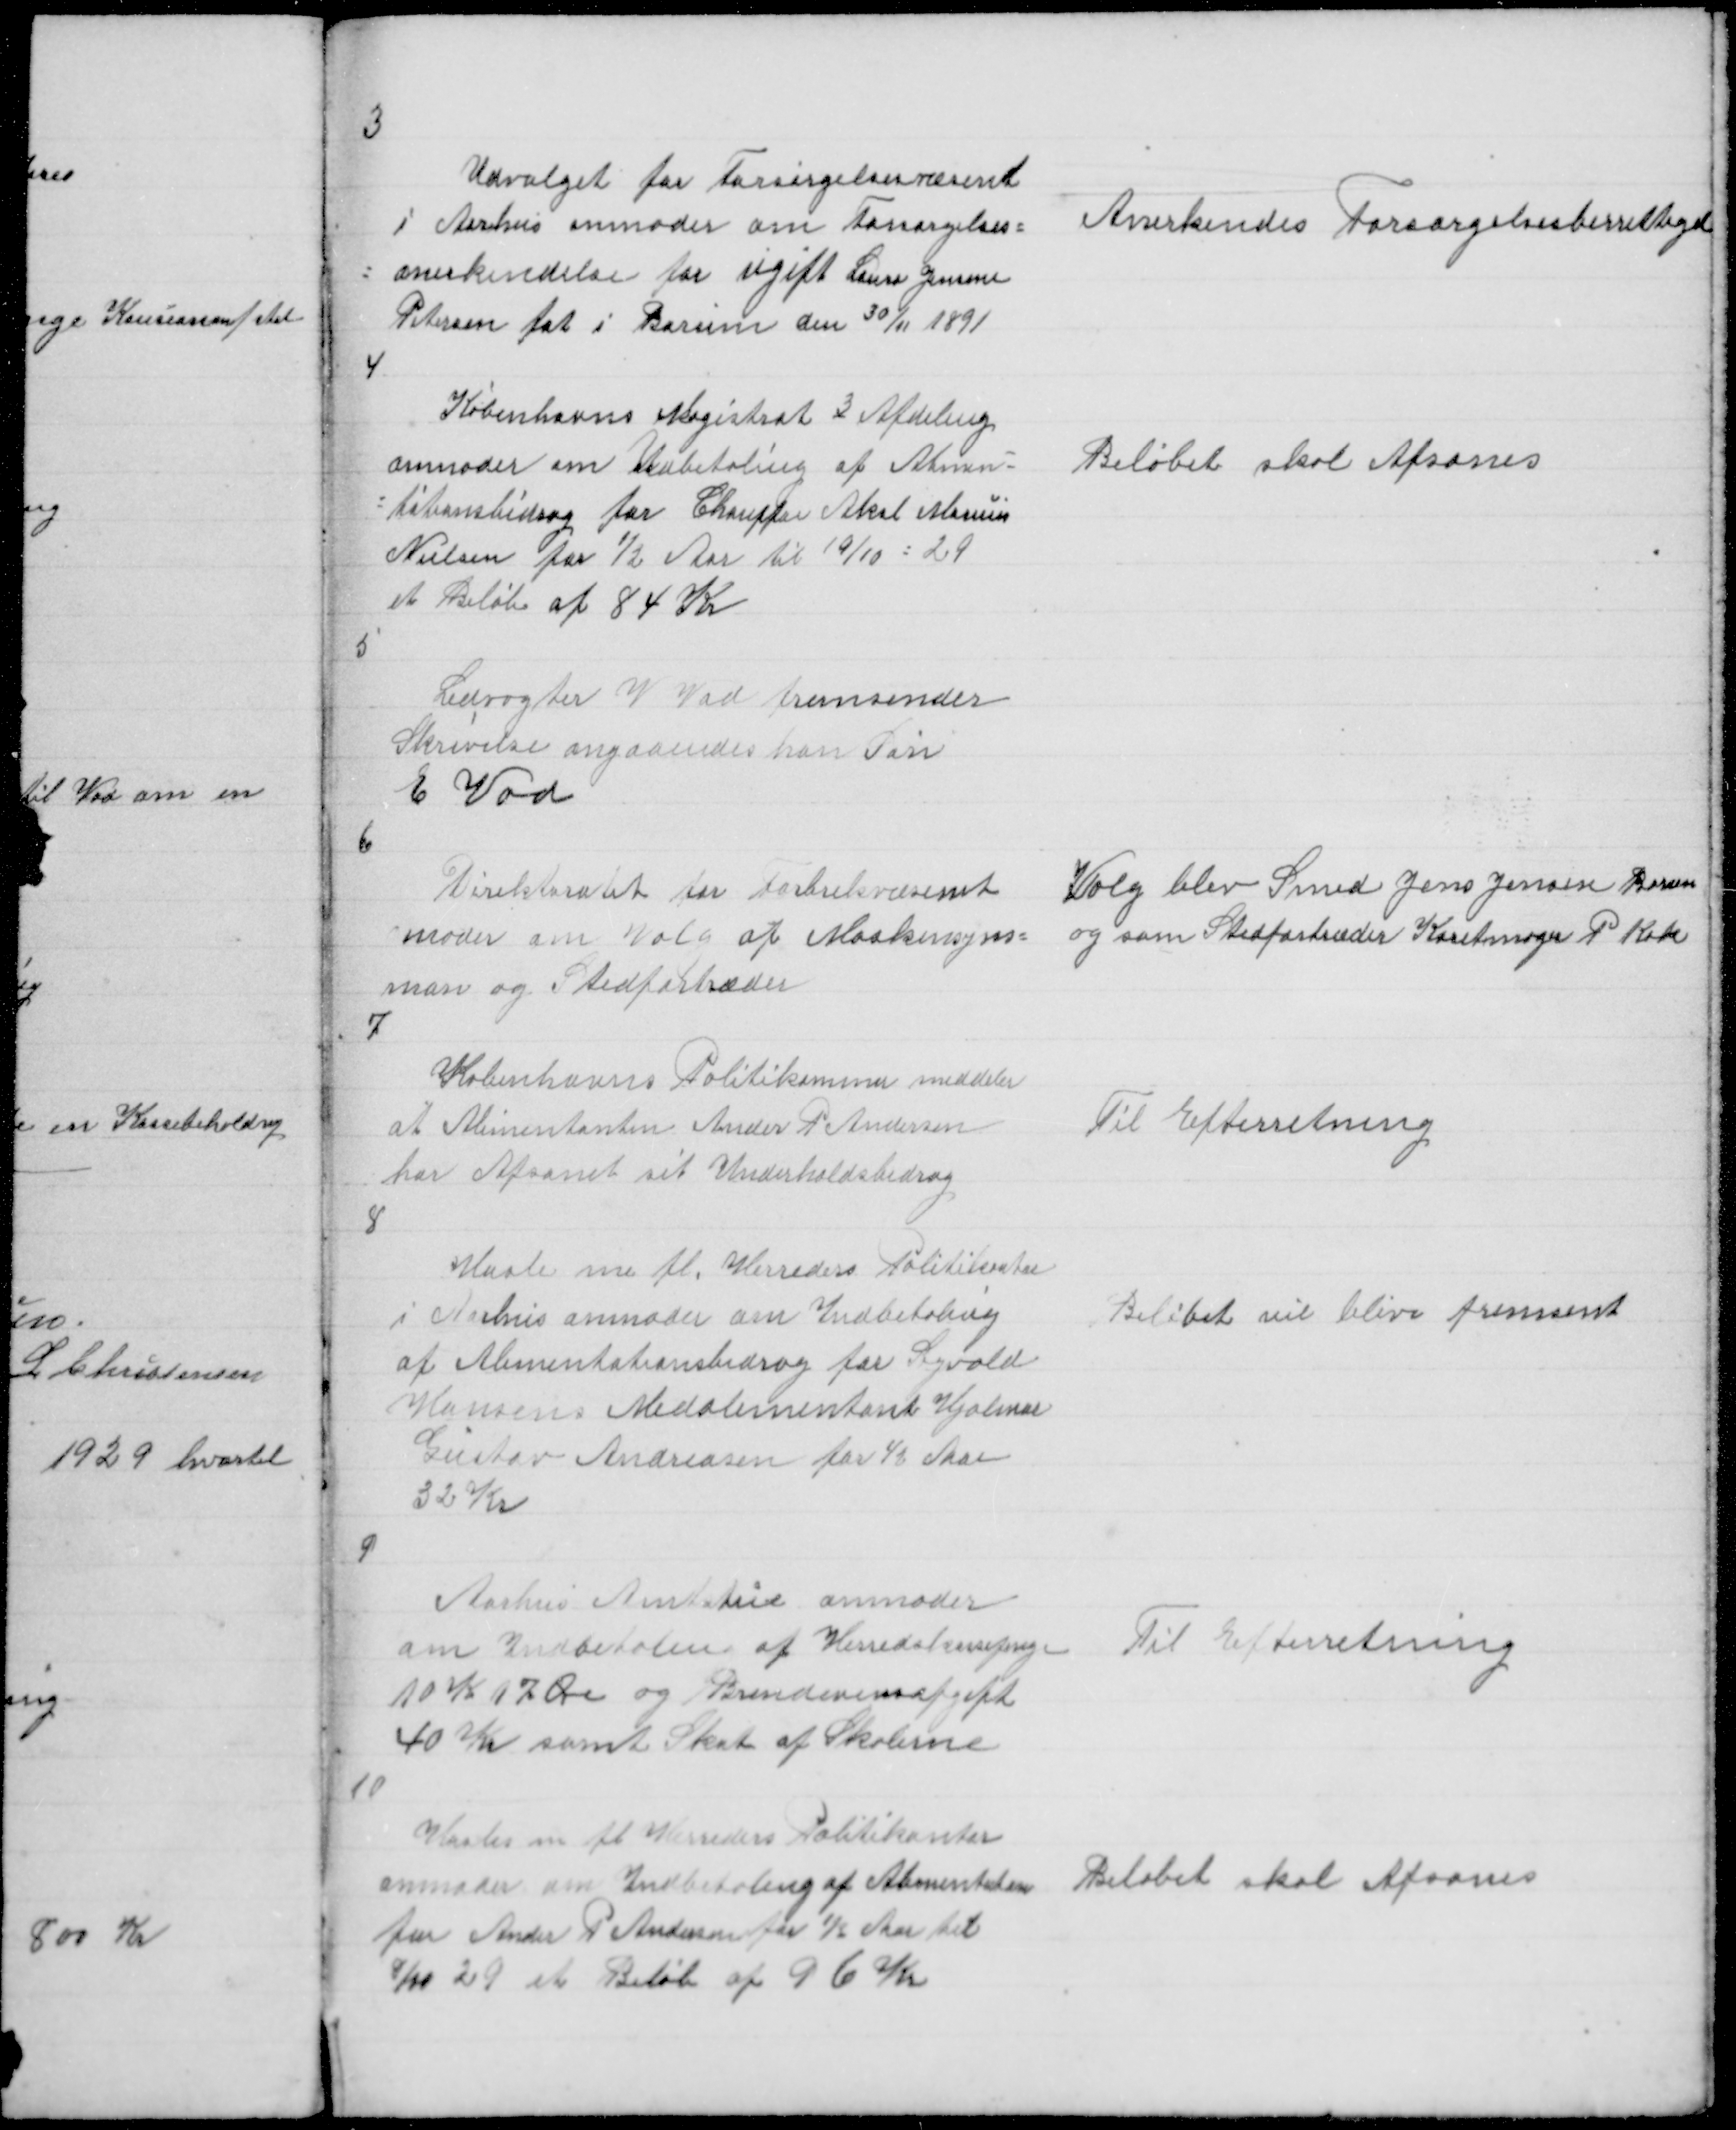
Transskription:
3

Udvalget for Forsørgelsesvæsent
i Aarhus anmoder om Forsørgelses =
= anerkendelse for ugift Laura Jensen
Petersen føt i Borum den 30/11 1891

Anerkendes Forsørgelsesberrettiget

4

Københavns Magistrat 3 Afdeling
anmoder om Udbetaling af Alimen =
= tationsbidrag for Chauffør Aksel Marius
Nielsen for ½ Aar til 19/10 = 29
et Beløb af 84 Kr

Beløber skal Afsones

5

Ledvogter V Vad fremsender
Skrivelse angaaendes han Søn
E Vad

6

Direktoratet for Farbrikvæsenet
moder om Valg af Maskinsyns =
man og Stedfortræder
7

Valg blev Smed Jens Jensen Borum
og som Stedfortræder Kartmager P Kok

Københavns Politikammer meddeler
at Alimentanten Ander P Andersen
har Afsonet sit Underholdsbidrag
8

Til Efterretning

Hasle m fl Herreders Politikontor
i Aarhus anmoder om Indbetaling
af Alimentationsbidrag for Sigvald
Hansens Medalimentant Hjalmar
Gustav Andreasen for 4 Aar
32 Kr

Beløbet vil blive fremsent

9

Aarhus Amtstue anmoder
om Indbetalin af Herredskassepenge
10 K 17 Øre og Brendevinsafgift
40 Kr samt Skat af Skolerne

Til Efterretning

10

Hasles m fl Herreders Politikontor
anmoder om Indbetaling af Alimentation
for Ander P Andersen for ½ Aar til
8/10 29 et Beløb af 96 Kr

Beløbet skal Afsones